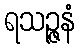
ရသဉ္ဇနံ